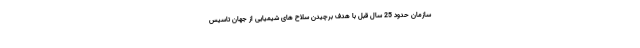
سازمان حدود 25 سال قبل با هدف برچیدن سلاح های شیمیایی از جهان تاسیس